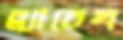
ব্ল্যাচেখ